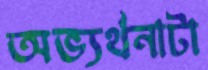
অভ্যর্থনাটা